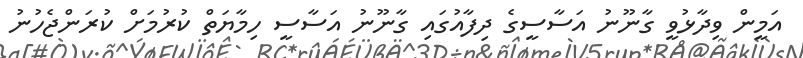
އަމީން ވިދާޅުވީ ގާނޫނު އަސާސީގެ ދިފާއުގައި ގާނޫނު އަސާސީ ހިމާޔަތް ކުރުމަށް ކުރަންޖެހުނު